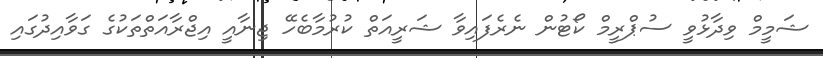
ޝަމީމް ވިދާޅުވީ ސުޕްރީމް ކޯޓުން ނެރެފައިވާ ޝަރީއަތް ކުރުމާބެހޭ ޖިނާއީ އިޖްރާއަތްތަކުގެ ގަވާއިދުގައި